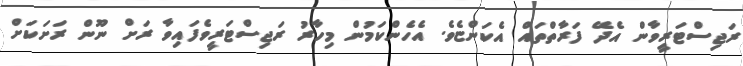
ރަޖިސްޓަރީވާން އެދޭ ފަރާތްތައް އެކަންޏެވެ. އެހެންކަމުން މިހާރު ރަޖިސްޓަރީވެފައިވާ ރަށް ނޫން ރަށަކަށް